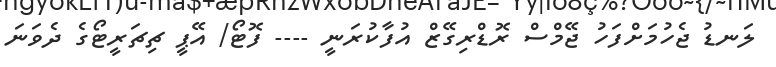
ލަނޑު ޖެހުމަށްފަހު ޖޭމްސް ރޮޑްރިގޭޒް އުފާކުރަނީ ---- ފޮޓޯ/ އޭޕީ ޗިޗަރީޓޯގެ ދެވަނަ